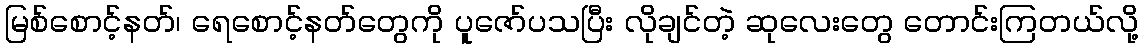
မြစ်စောင့်နတ်၊ ရေစောင့်နတ်တွေကို ပူဇော်ပသပြီး လိုချင်တဲ့ ဆုလေးတွေ တောင်းကြတယ်လို့